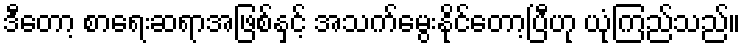
ဒီတော့ စာရေးဆရာအဖြစ်နှင့် အသက်မွေးနိုင်တော့ပြီဟု ယုံကြည်သည်။